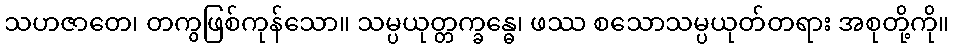
သဟဇာတေ၊ တကွဖြစ်ကုန်သော။ သမ္ပယုတ္တက္ခန္ဓေ၊ ဖဿ စသောသမ္ပယုတ်တရား အစုတို့ကို။